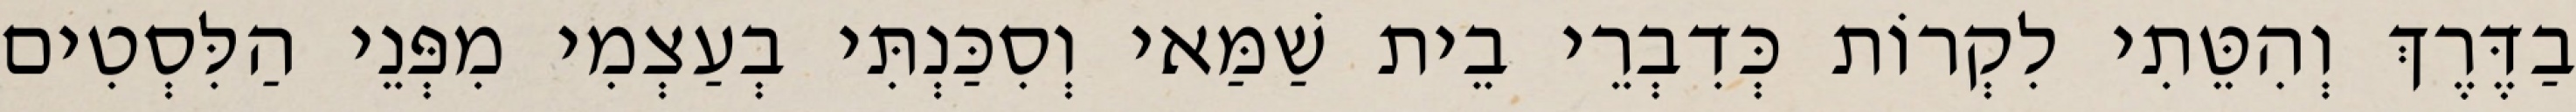
בַדֶּרֶךְ וְהִטֵּתִי לִקְרוֹת כְּדִבְרֵי בֵית שַׁמַּאי וְסִכַּנְתִּי בְעַצְמִי מִפְּנֵי הַלִּסְטִים